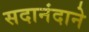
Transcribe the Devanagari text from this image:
सदानंदाने